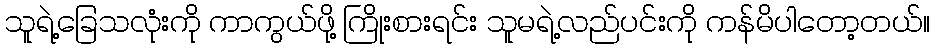
သူရဲ့ခြေသလုံးကို ကာကွယ်ဖို့ ကြိုးစားရင်း သူမရဲ့လည်ပင်းကို ကန်မိပါတော့တယ်။